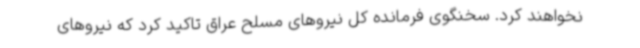
نخواهند کرد. سخنگوی فرمانده کل نیروهای مسلح عراق تاکید کرد که نیروهای